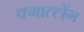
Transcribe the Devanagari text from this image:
क्गात्लेंग